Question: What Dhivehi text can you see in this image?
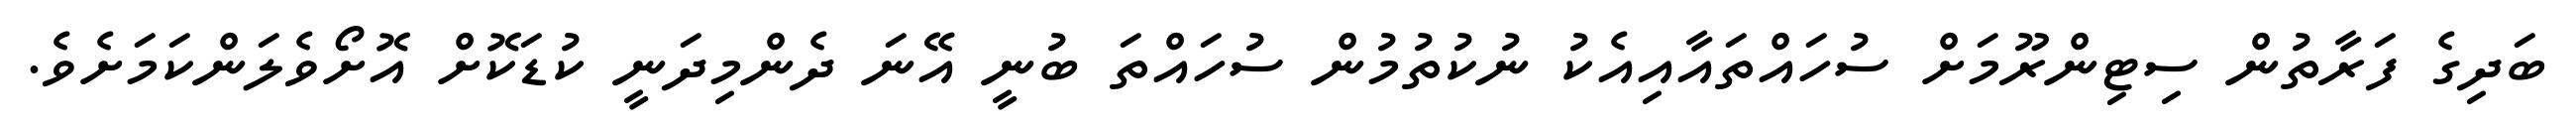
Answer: ބަދިގެ ފަރާތުން ސިޓިންރޫމަށް ސުހައްތައާއިއެކު ނުކުތުމުން ސުހައްތަ ބުނީ އޭނަ ދެންމިދަނީ ކުޑަކޮށް އޮށޯވެލަންކަމަށެވެ.